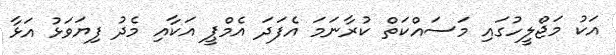
އަކު މަޖްލީހުގައި މަސައްކަތް ކުރާނަމަ އެފަދަ އެމްޕީ އަކާއި މެދު ފިޔަވަޅު އަޅާ